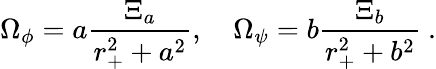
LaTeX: {\Omega}_{\phi}=a{\frac{{\Xi}_{a}}{r_{+}^{2}+a^{2}}},\quad{\Omega}_{\psi}=b{\frac{{\Xi}_{b}}{r_{+}^{2}+b^{2}}}\ .